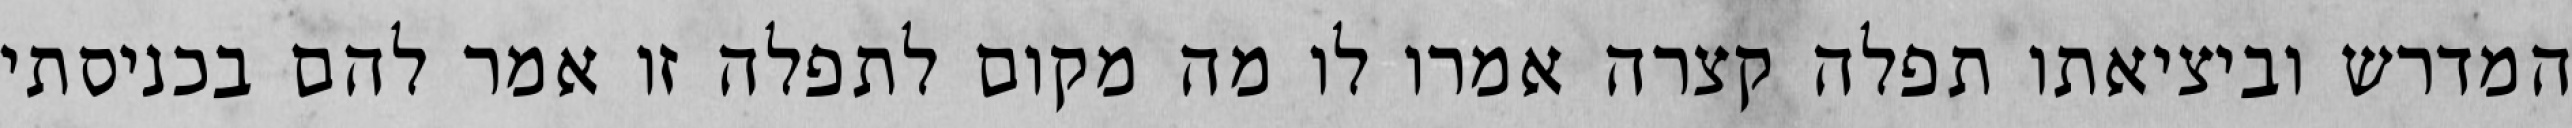
המדרש וביציאתו תפלה קצרה אמרו לו מה מקום לתפלה זו אמר להם בכניסתי